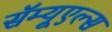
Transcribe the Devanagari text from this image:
सॅम्यूएल्स